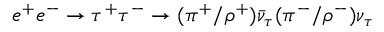
e ^ { + } e ^ { - } \to \tau ^ { + } \tau ^ { - } \to ( \pi ^ { + } / \rho ^ { + } ) \bar { \nu } _ { \tau } ( \pi ^ { - } / \rho ^ { - } ) \nu _ { \tau }